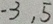
- 3 , 5